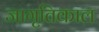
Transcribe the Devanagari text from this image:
जागृतिकाल